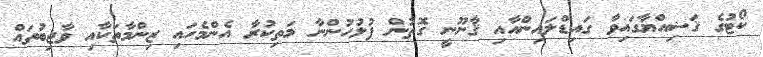
ކޯޓުގެ ޤަޟިއްޔާގައިވާ ގައިޑްލައިންއާއި ޤާނޫނީ ގޮތުން ފުލުހުންނާ މަތިކުރާ އެންމެހައި ޒިންމާތަކާއި ވާޖިބުތައް